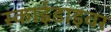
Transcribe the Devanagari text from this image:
स्काईडाइवर